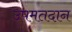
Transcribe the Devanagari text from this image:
उपमतदान